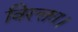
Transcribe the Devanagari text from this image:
विरक्ता।